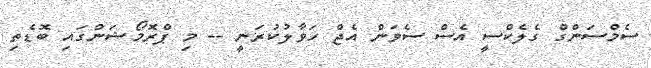
ސެމްސަންގް ގެލެކްސީ އެސް ސެވަން އެޖް ހަވާލުކުރަނީ -- މި ޕްރޮމޯޝަންގައި ބޮޑެތި